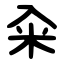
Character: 籴